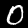
Label: 0